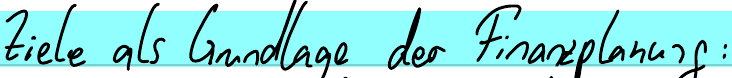
Ziele als Grundlage der Finanzplanung: